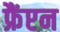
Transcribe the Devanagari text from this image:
फ्रैंप्टन